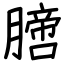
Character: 膪